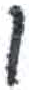
אות: ו